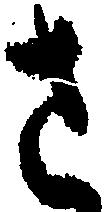
さ